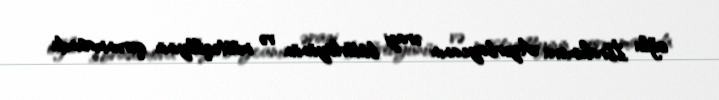
oğlu İbrahimova Azərbaycanın ərazi bütövlüyünün və müstəqilliyinin qorunmasında